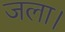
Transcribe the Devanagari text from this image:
जला।